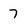
Character: 7